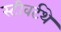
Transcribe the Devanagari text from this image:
स्टीवर्टथे